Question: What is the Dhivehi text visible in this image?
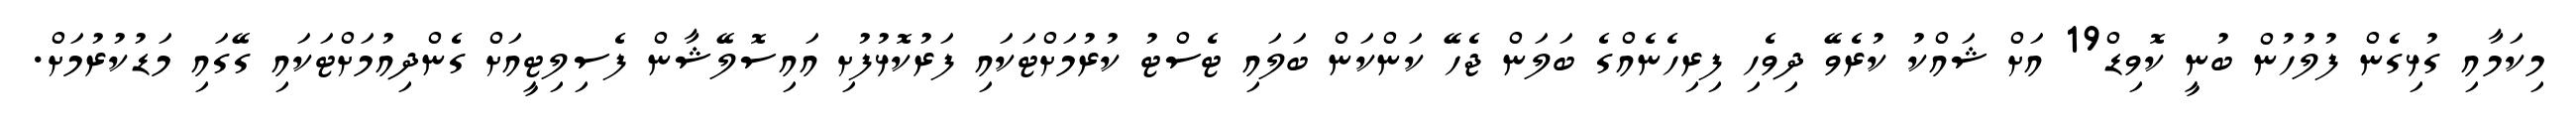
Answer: މިކަމާއި ގުޅިގެން ފުލުހުން ބުނީ ކޮވިޑް19 އަށް ޝައްކު ކުރެވޭ ދިވެހި ފިރިހެނެއްގެ ބަލަން ޖެހޭ ކަންކަން ބަލައި ޓެސްޓު ކުރުމަށްޓަކައި ފަރުކޮޅުފުށި އައިސޮލޭޝާން ފެސިލިޓީއަށް ގެންދިއުމަށްޓަކައި ގޭގައި މަޑުކުރުމަށް.